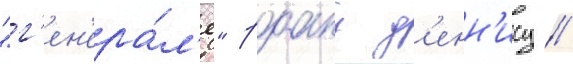
"г'ен'ера́л'е" роану д'енн'ису //